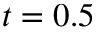
t = 0 . 5